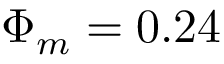
\Phi _ { m } = 0 . 2 4